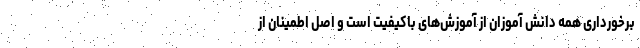
برخورداری همه دانش آموزان از آموزش‌های باکیفیت است و اصل اطمینان از